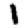
Digit: 1